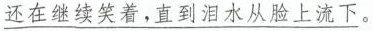
\underline{还}\underline{在}\underline{继}\underline{续}\underline{笑}\underline{着}\underline{，}\underline{直}\underline{到}\underline{泪}\underline{水}\underline{从}\underline{脸}\underline{上}\underline{流}\underline{下}\underline{。}